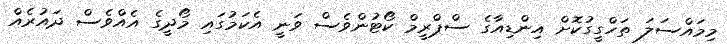
މިމައްސަލަ ތަހްގީގުކޮށް އިންޑިއާގެ ސްޕްރީމް ކޯޓުންވެސް ވަނީ އެކަމުގައި މޯދީގެ އެއްވެސް ދައުރެއް